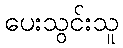
ပေးသွင်းသူ